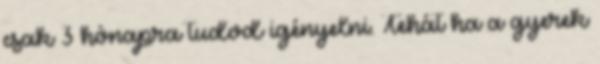
csak 3 hónapra tudod igényelni. Tehát ha a gyerek